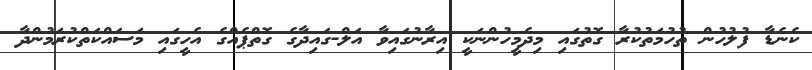
ކެނެޑާ ފުލުހުން ތުހުމަތުކުރާ ގޮތުގައި މިދެމީހުންނަކީ އިރާނުގައިވާ އަލް-ގައިދާގެ ގޮތްޕެއްގެ އެހީގައި މަސައްކަތްކުރަމުންދާ